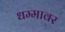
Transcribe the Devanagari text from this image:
धम्मावर